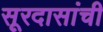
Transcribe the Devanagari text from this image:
सूरदासांची